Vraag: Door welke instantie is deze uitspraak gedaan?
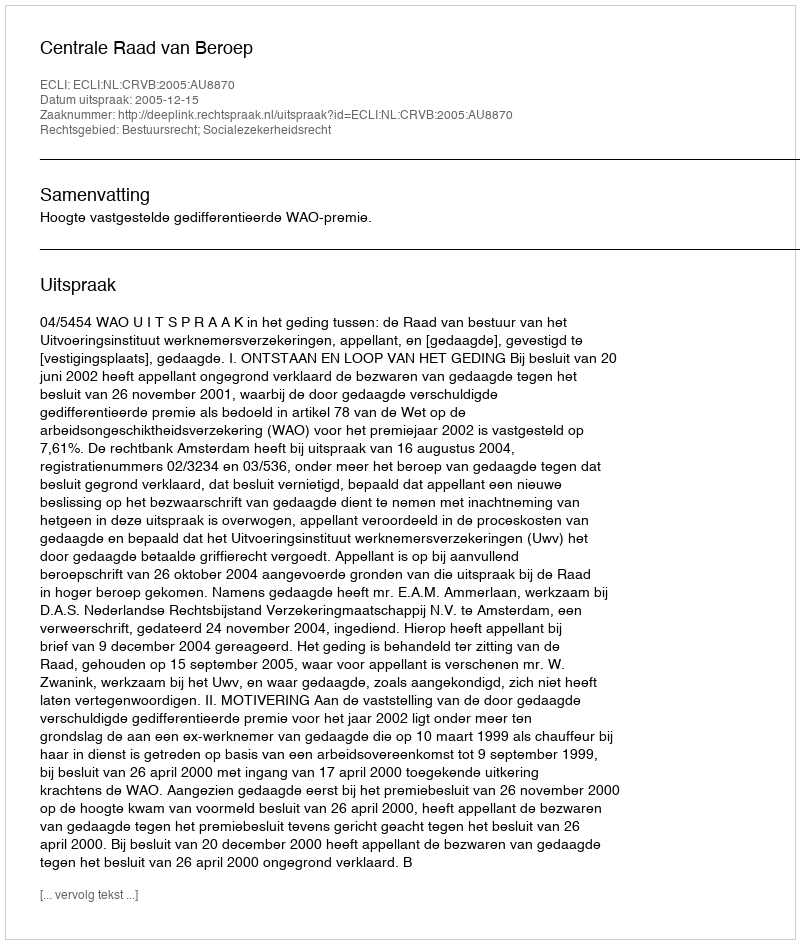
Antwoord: Centrale Raad van Beroep